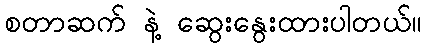
စတာဆက် နဲ့ ဆွေးနွေးထားပါတယ်။